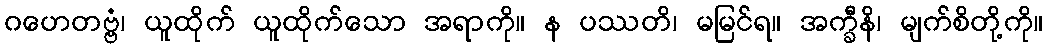
ဂဟေတဗ္ဗံ၊ ယူထိုက် ယူထိုက်သော အရာကို။ န ပဿတိ၊ မမြင်ရ။ အက္ခီနိ၊ မျက်စိတို့ကို။